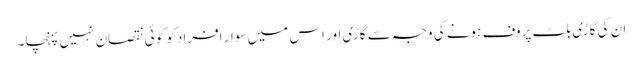
ان کی گاڑی بلٹ پروف ہونے کی وجہ سے گاڑی اور اس میں سوار افراد کو کوئی نقصان نہیں پہنچا۔